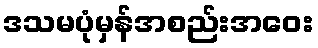
ဒသမပုံမှန်အစည်းအဝေး